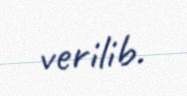
verilib.